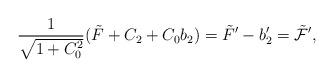
LaTeX: \begin{align*}\frac{1}{\sqrt{1+C_{0}^2}}(\tilde{F}+C_2+C_0 b_2) = \tilde F^{\prime}-b_2^{\prime}= \tilde{\cal F}^{\prime} ,\end{align*}